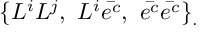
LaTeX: \{ L ^ { i } L ^ { j } , ~ L ^ { i } \bar { e ^ { c } } , ~ \bar { e ^ { c } } \bar { e ^ { c } } \} _ { . }